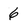
Character: 6